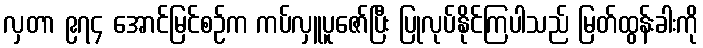
လှတာ ၉၇၄ အောင်မြင်စဉ်က ကပ်လှူပူဇော်ပြီး ပြုလုပ်နိုင်ကြပါသည် မြတ်ထွန်းခါးကို